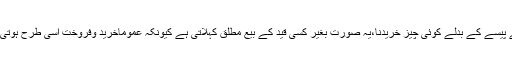
روپے پیسے کے بدلے کوئی چیز خریدنا،یہ صورت بغیر کسی قید کے بیع مُطْلَق کہلاتی ہے کیونکہ عموماًخرید وفروخت اسی طرح ہوتی ہے ۔